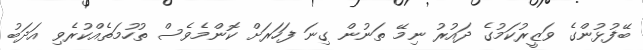
ބޭފުޅުންގެ ވަޒީރުކަމުގެ ދައުރު ނިމޭ ތަނުން ގިނަ ފަހަރަށް ކޮންމެވެސް ތުހުމަތެއްކުރެވި އަދަބު